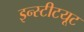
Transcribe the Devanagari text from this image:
इन्‍स्‍टीटयूट